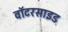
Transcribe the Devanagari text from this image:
वॉटरसाइड